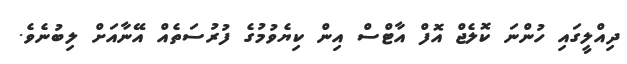
ދިއްލީގައި ހުންނަ ކޮލެޖް އޮފް އާޓްސް އިން ކިޔެވުމުގެ ފުރުސަތެއް އޭނާއަށް ލިބުނެވެ.